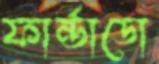
ফার্ন্ডাডো